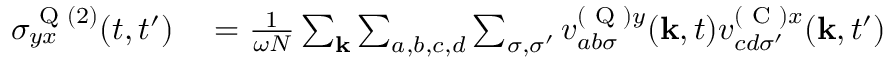
\begin{array} { r l } { \sigma _ { y x } ^ { \textrm { Q } ( 2 ) } ( t , t ^ { \prime } ) } & { { } = \frac { 1 } { \omega N } \sum _ { \mathbf { k } } \sum _ { a , b , c , d } \sum _ { \sigma , \sigma ^ { \prime } } v _ { a b \sigma } ^ { ( \textrm { Q } ) y } ( \mathbf { k } , t ) v _ { c d \sigma ^ { \prime } } ^ { ( \textrm { C } ) x } ( \mathbf { k } , t ^ { \prime } ) } \end{array}